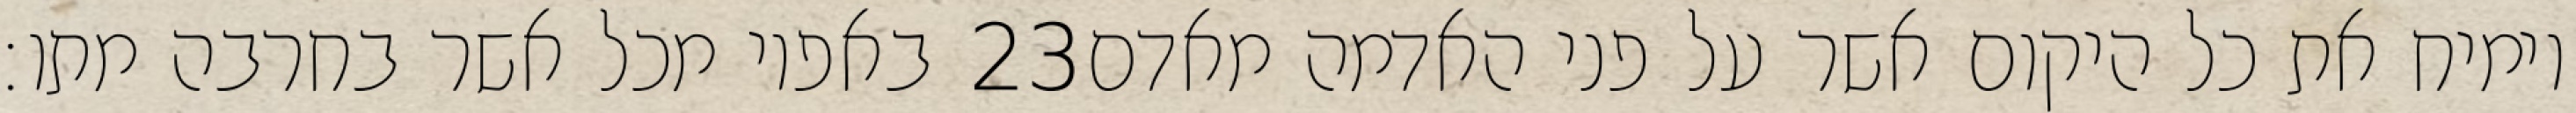
באפיו מכל אשר בחרבה מתו׃ ‎23‏ וימיח את כל היקום אשר על פני האדמה מאדם